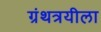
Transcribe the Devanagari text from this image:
ग्रंथत्रयीला